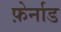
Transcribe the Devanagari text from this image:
फ़ेर्नाड